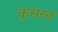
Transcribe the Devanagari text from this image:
कुसरत